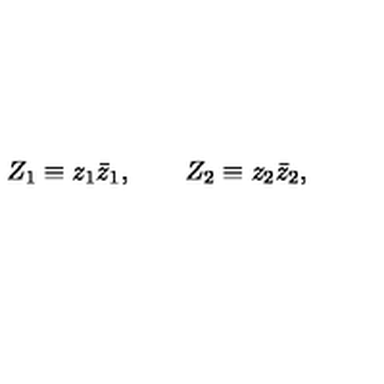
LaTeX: Z _ { 1 } \equiv z _ { 1 } \bar { z } _ { 1 } , \qquad Z _ { 2 } \equiv z _ { 2 } \bar { z } _ { 2 } ,